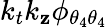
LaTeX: k_{t}k_{\mathbf{z}}\phi_{{\theta_{4}}{\theta_{4}}}